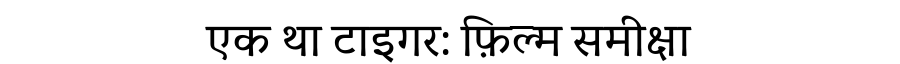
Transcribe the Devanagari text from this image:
एक था टाइगर: फ़िल्म समीक्षा